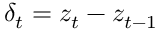
\delta _ { t } = z _ { t } - z _ { t - 1 }